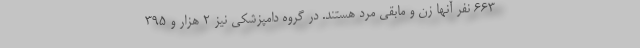
۶۶۳ نفر آنها زن و مابقی مرد هستند. در گروه دامپزشکی نیز ۲ هزار و ۳۹۵